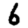
Digit: 6